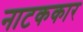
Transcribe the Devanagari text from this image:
नाटककार